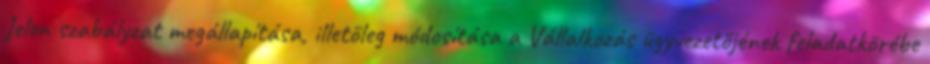
Jelen szabályzat megállapítása, illetőleg módosítása a Vállalkozás ügyvezetőjének feladatkörébe